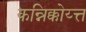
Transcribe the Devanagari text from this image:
कन्निक्कोय्त्त